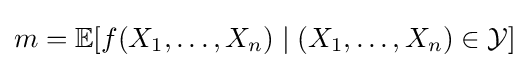
m=\mathbb {E} [f(X_{1},\ldots ,X_{n})\mid (X_{1},\ldots ,X_{n})\in {\mathcal {Y}}]